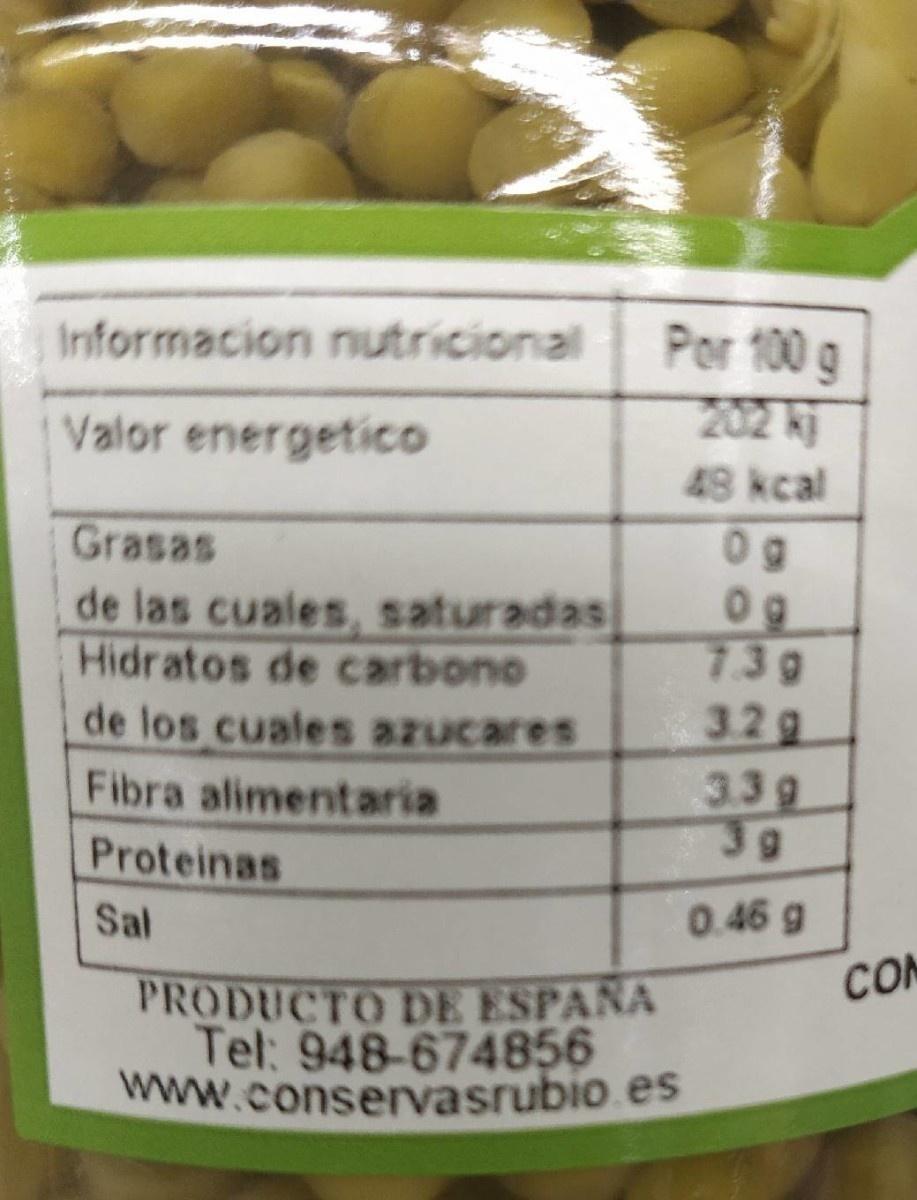
Informacion nutricional
Por 100 g 202 ki
Valor energetico
48 kcal
Grasas
0g 0g 730 3.2g 3.3 g 3g
de las cuales, saturadas Hidratos de carbono
de los cuales azucares
Fibra alimentaria
Proteinas
Sal
0.46 g
COM
PRODUCTO DE ESPANA Tel: 948-674856 www.conservasrubio es